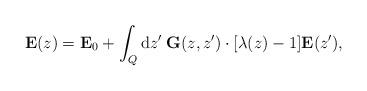
LaTeX: \begin{align*}\mathbf E(z) = \mathbf E_0+ \int_{Q} \textrm{d}z' \; \mathbf G(z,z')\cdot [\lambda(z)-1]\mathbf E(z'), \end{align*}